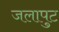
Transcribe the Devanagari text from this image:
जलापुट